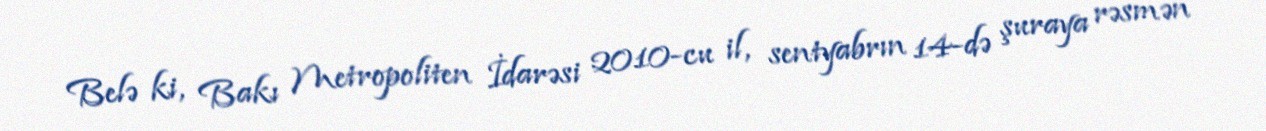
Belə ki, Bakı Metropoliten İdarəsi 2010-cu il, sentyabrın 14-də şuraya rəsmən